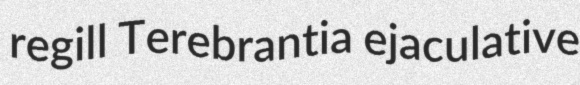
regill Terebrantia ejaculative